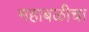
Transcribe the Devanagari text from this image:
महाबळीचा